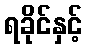
ရခိုင်နှင့်